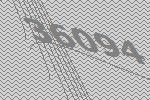
36094